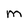
Character: M